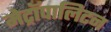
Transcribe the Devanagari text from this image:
मेट्रॉपालिटन